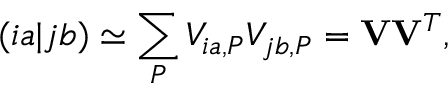
( i a | j b ) \simeq \sum _ { P } V _ { i a , P } V _ { j b , P } = \mathbf { V } \mathbf { V } ^ { T } ,